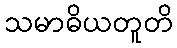
သမာဓိယတူတိ